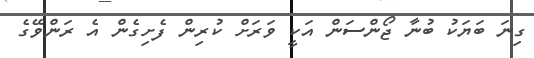
ގިނަ ބަޔަކު ބުނާ ޖޯންސަން އަކީ ވަރަށް ކުރިން ފެށިގެން އެ ރަންވޭގެ